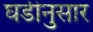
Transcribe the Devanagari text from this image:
घडीनुसार